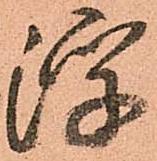
浮